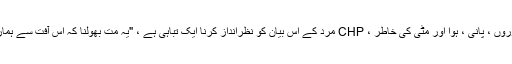
بجلی کے کرایے ، فطرت ، درختوں ، جانوروں ، پانی ، ہوا اور مٹی کی خاطر ، CHP مرد کے اس بیان کو نظرانداز کرنا ایک تباہی ہے ، "یہ مت بھولنا کہ اس آفت سے ہمارے بچوں کے مستقبل پر منفی اثر پڑے گا۔